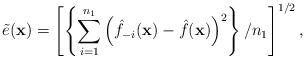
LaTeX: \begin{align*} \tilde e(\mathbf{x}) = \left[ \left\{ \sum_{i=1}^{n_1} \left( \hat f_{-i}(\mathbf{x}) - \hat f(\mathbf{x}) \right)^2 \right\}/n_1 \right]^{1/2},\end{align*}